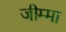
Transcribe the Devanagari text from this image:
जीम्मा